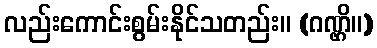
လည်းကောင်းစွမ်းနိုင်သတည်း။ (ဂဏ္ဌိ။)